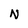
Character: N